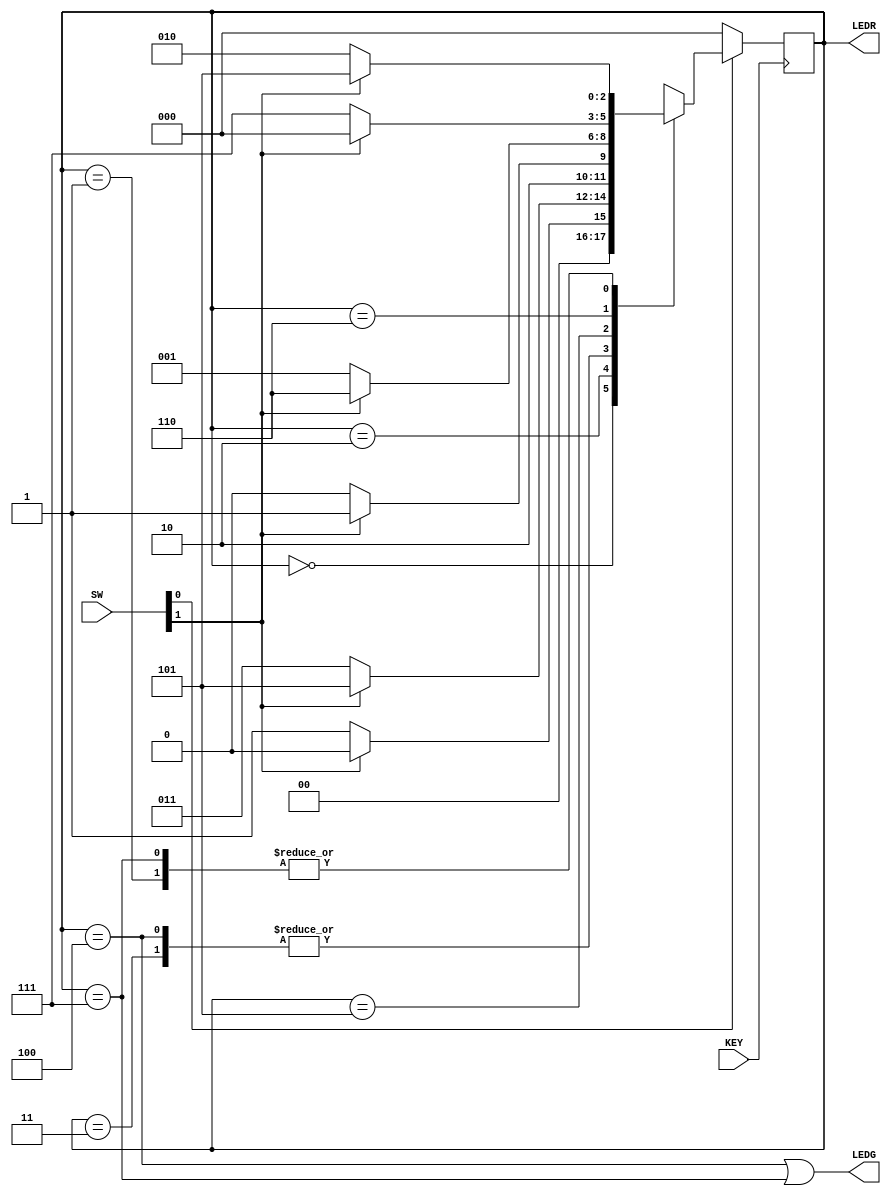
module Part2(input [0:0]KEY, input [1:0]SW, output [0:0]LEDG, output [2:0]LEDR);

wire Clock, w, Resetn, z;
assign Clock = KEY;
assign w = SW[1];
assign Resetn = SW[0];
reg[2:0]y,Y;

parameter A = 3'b000;
parameter B = 3'b001;
parameter C = 3'b010;
parameter D = 3'b011;
parameter E = 3'b100;
parameter F = 3'b101;
parameter G = 3'b110;
parameter H = 3'b111;

always@(w,y)
case(y)
A: if(!w) Y = B;
	else Y = A;
B: if(!w) Y = C;
	else Y = F;
C: if(!w) Y = D;
	else Y = F;
D: if(!w) Y = E;
	else Y = F;
E: if(!w) Y = E;
	else Y = F;
F: if(!w) Y = B;
	else Y = G;
G: if(!w) Y = H;
	else Y = A;
H: if(!w) Y = C;
	else Y = F;
endcase

always@(posedge Clock)
if(Resetn == 0)
y <= A;
else 
y <= Y;

assign LEDR = y;
assign LEDG = z;
assign z = (y == E | y == H);
endmodule